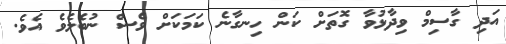
އަދި ގާސިމް ވިދާޅުވާ ގޮތަށް ކަން ހިނގާނެ ކަމަކަށް ވެސް ނުބެލެވެ އެވެ.